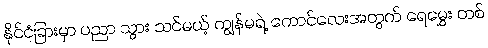
နိုင်ငံခြားမှာ ပညာ သွား သင်မယ့် ကျွန်မရဲ့ ကောင်လေးအတွက် ရေမွှေး တစ်